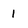
Character: 1